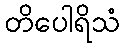
တိပေါရိသံ